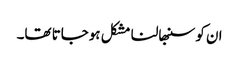
ان کو سنبھالنا مشکل ہوجاتا تھا۔